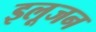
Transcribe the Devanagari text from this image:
इलूजन